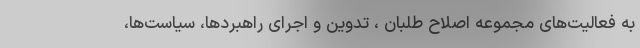
به فعالیت‌های مجموعه اصلاح طلبان ، تدوین و اجرای راهبردها‌، سیاست‌ها‌،